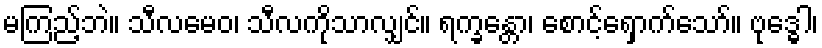
မကြည့်ဘဲ။ သီလမေဝ၊ သီလကိုသာလျှင်။ ရက္ခန္တော၊ စောင့်ရှောက်သော်။ ဗုဒ္ဓေါ၊